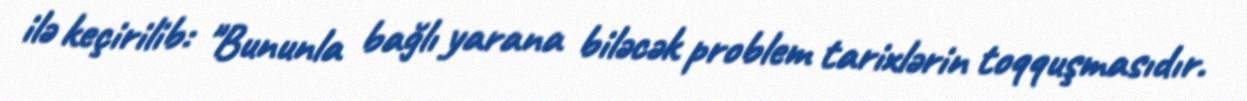
ilə keçirilib: "Bununla bağlı yarana biləcək problem tarixlərin toqquşmasıdır.